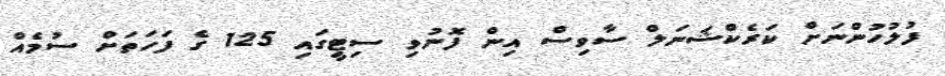
ފުލުހުންނަށް ކަރެކްޝަނަލް ސާވިސް އިން ފޮނުވި ސިޓީގައި 125 ގެ ފަހަތަށް ސުމެއް